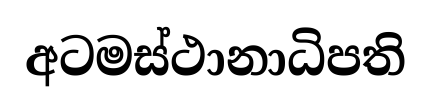
අටමස්ථානාධිපති